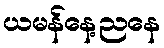
ယမန်နေ့ညနေ